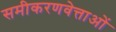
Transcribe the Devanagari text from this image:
समीकरणवेत्ताओं